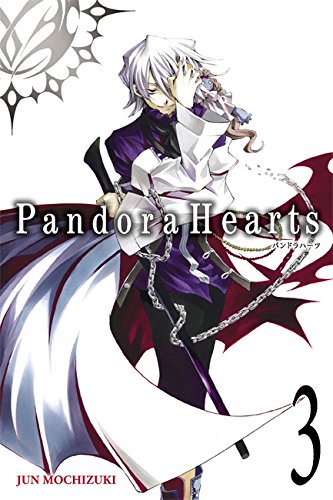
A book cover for Pandora Hearts, Vol. 3; Comics & Graphic Novels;